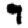
Digit: 9